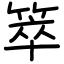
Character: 箤